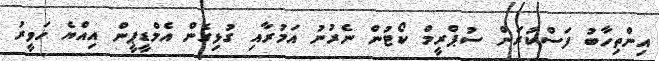
އިންތިހާބު ފަސްކުރަން ސުޕްރީމް ކޯޓުން ނެރުނު އަމުރާއި ގުޅިގެން އެމްޑީޕީން އިއްޔެ ހަވީރު